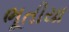
ભૂતીયા